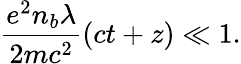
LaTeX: \frac{e^{2}n_{b}\lambda}{2mc^{2}}(ct+z)\ll 1.